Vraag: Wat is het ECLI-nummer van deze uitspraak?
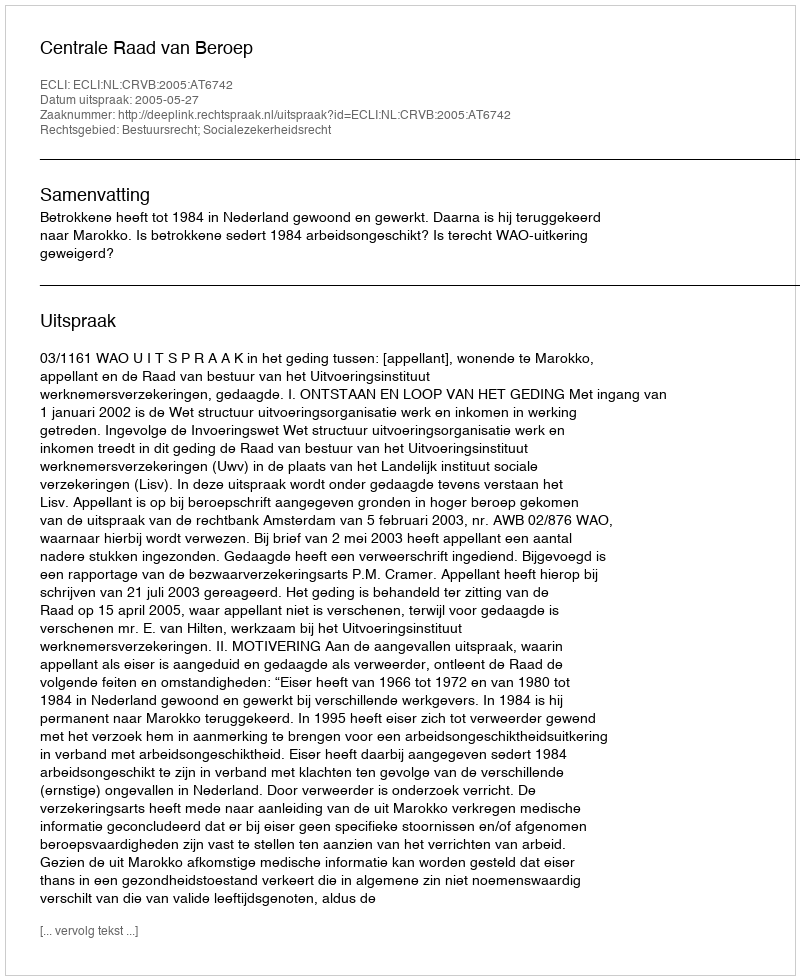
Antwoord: ECLI:NL:CRVB:2005:AT6742